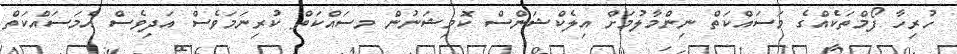
ހުރިހާ ފޯމްތަކެއްގެ މަސައްކަތް ނިންމާލުމަށް އިލެކްޝަންސް ކޮމިޝަނުން މސައްކަތް ކުރިނަމަވެސް އަދިވެސް އެމަސައްކަތް